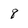
Character: 8